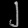
Digit: ၂